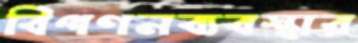
বিপণনব্যবস্থার